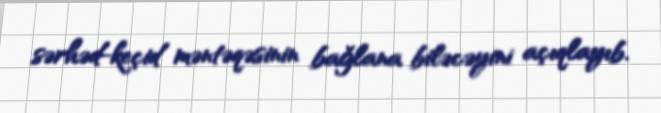
sərhəd-keçid məntəqəsinin bağlana biləcəyini açıqlayıb.